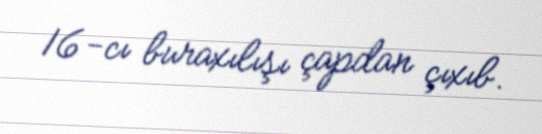
16-cı buraxılışı çapdan çıxıb.